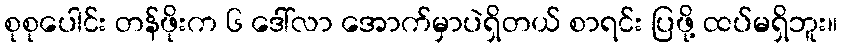
စုစုပေါင်း တန်ဖိုးက ၆ ဒေါ်လာ အောက်မှာပဲရှိတယ် စာရင်း ပြဖို့ ထပ်မရှိဘူး။